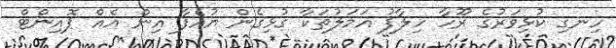
ހިނގި ކުޅިވަރުގެ ރޫހާ ހިލާފު އަމަލުތަކާ ގުޅިގެން ޔުއެފާ އިން އެއް ޕޮއިންޓް